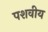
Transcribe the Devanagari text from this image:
पशवीय